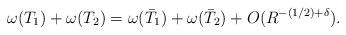
LaTeX: \begin{align*} \omega(T_1) + \omega(T_2) = \omega(\bar T_1) + \omega (\bar T_2) + O(R^{- (1/2) + \delta}). \end{align*}